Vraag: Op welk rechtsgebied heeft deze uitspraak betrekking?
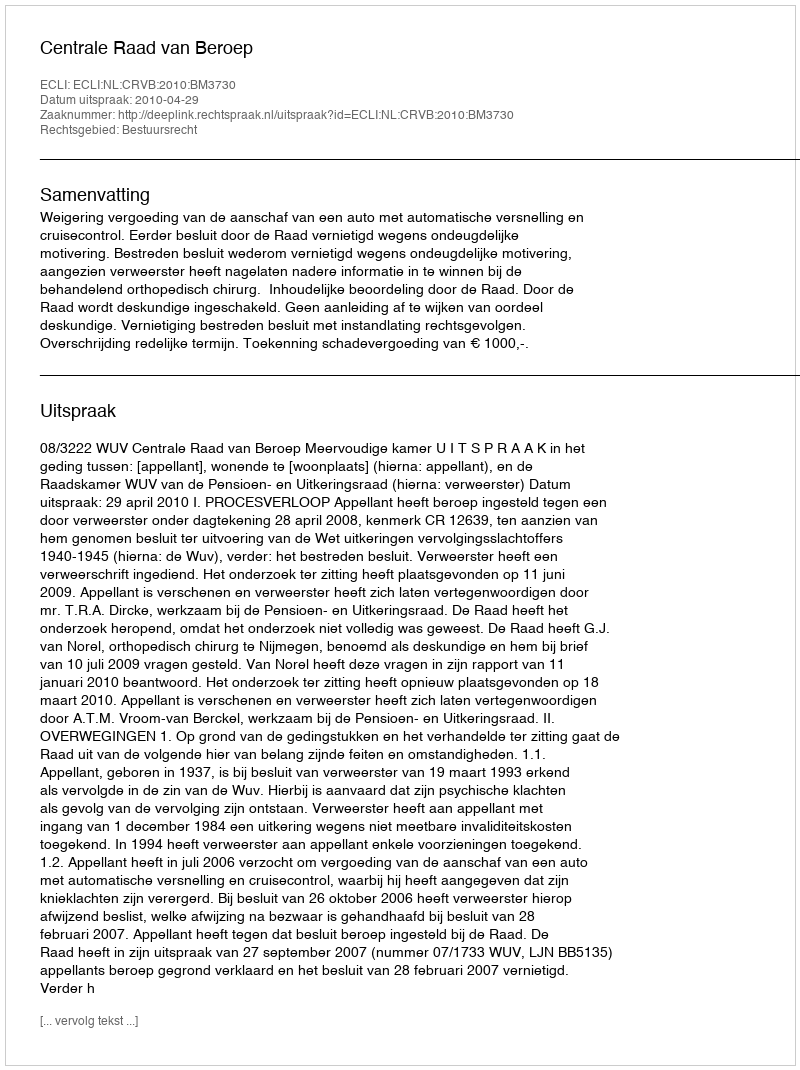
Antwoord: Bestuursrecht